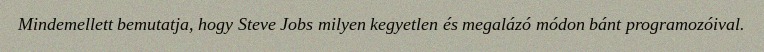
Mindemellett bemutatja, hogy Steve Jobs milyen kegyetlen és megalázó módon bánt programozóival.